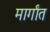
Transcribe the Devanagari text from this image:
मार्गांत